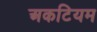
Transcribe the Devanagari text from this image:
अकटियम